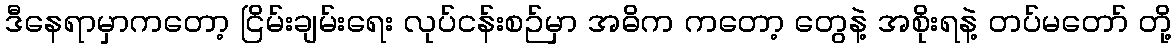
ဒီနေရာမှာကတော့ ငြိမ်းချမ်းရေး လုပ်ငန်းစဉ်မှာ အဓိက ကတော့ တွေနဲ့ အစိုးရနဲ့ တပ်မတော် တို့